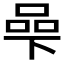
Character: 𱍠